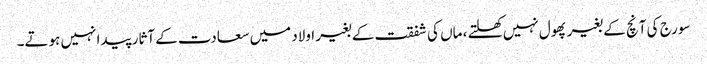
سورج کی آنچ کے بغیر پھول نہیں کھلتے ، ماں کی شفقت کے بغیر اولاد میں سعادت کے آثار پیدا نہیں ہوتے۔